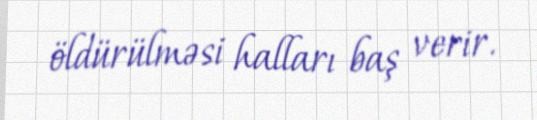
öldürülməsi halları baş verir.